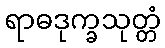
ရာဓဒုက္ခသုတ္တံ